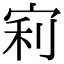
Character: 𡨖